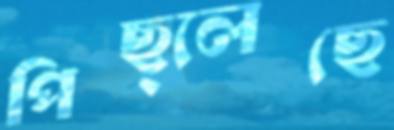
পিছ্‌লেছে